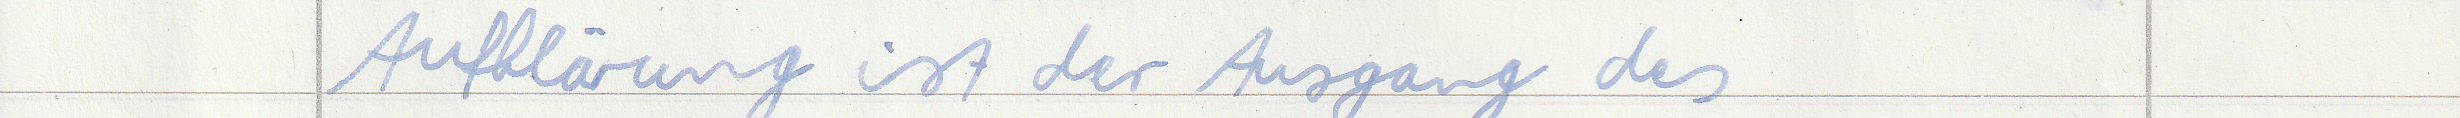
Aufklärung ist der Ausgang des